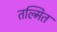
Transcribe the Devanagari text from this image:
तल्मित